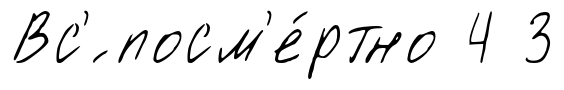
Вс'́ посм'е́ртно 4 3